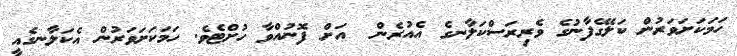
ހަމަކަށަވަރުން ކަލޭގެފާނުގެ ވެރިރަސްކަލާނގެ އެއުރެން  އަށް ފޮނުއްވާ ހުށްޓެވެ. ހަމަކަށަވަރުން އެކަލާނގެއީ